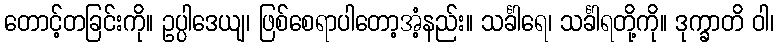
တောင့်တခြင်းကို။ ဥပ္ပါဒေယျ၊ ဖြစ်စေရာပါတော့အံ့နည်း။ သင်္ခါရေ၊ သင်္ခါရတို့ကို။ ဒုက္ခာတိ ဝါ၊